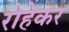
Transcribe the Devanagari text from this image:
रोहेकर